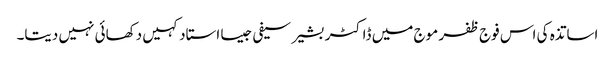
اساتذہ کی اس فوج ظفر موج میں ڈاکٹر بشیر سیفی جیسا استاد کہیں دکھائی نہیں دیتا۔